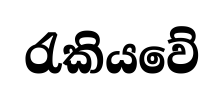
රැකියවේ